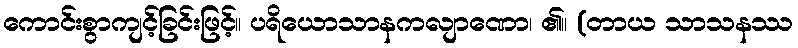
ကောင်းစွာကျင့်ခြင်းဖြင့်။ ပရိယောသာနကလျာဏော၊ ၏။ (တာယ သာသနဿ